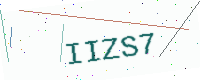
Text: IIZS7